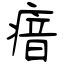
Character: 瘖